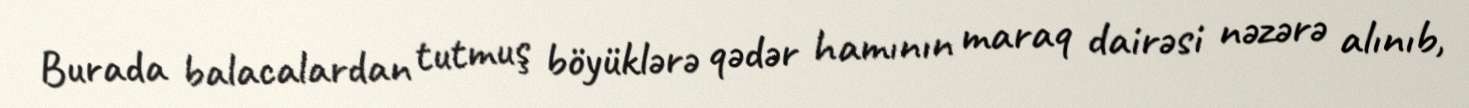
Burada balacalardan tutmuş böyüklərə qədər hamının maraq dairəsi nəzərə alınıb,